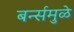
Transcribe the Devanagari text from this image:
बर्न्समुळे